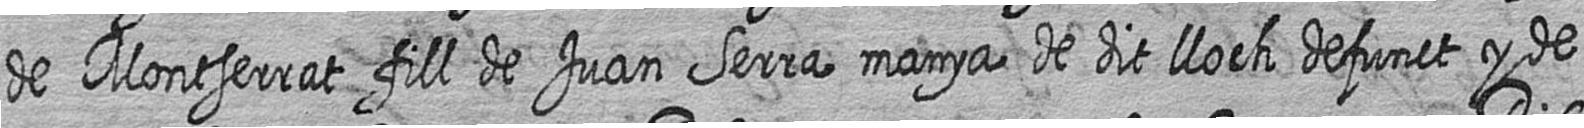
de Montserrat fill de Juan Serra manya de dit lloch defunct y de